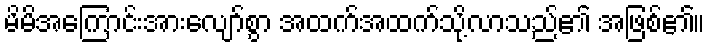
မိမိအကြောင်းအားလျော်စွာ အထက်အထက်သို့လာသည်၏ အဖြစ်၏။